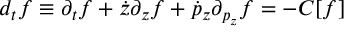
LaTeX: d _ { t } f \equiv \partial _ { t } f + { \dot { z } } \partial _ { z } f + { \dot { p } _ { z } } \partial _ { p _ { z } } f = - C [ f ]